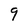
Character: 9